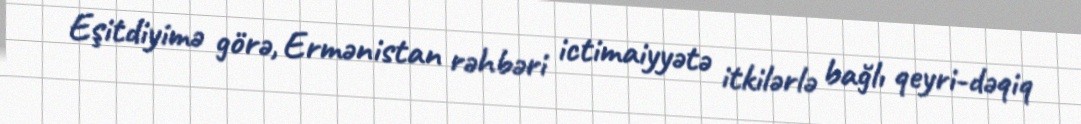
Eşitdiyimə görə, Ermənistan rəhbəri ictimaiyyətə itkilərlə bağlı qeyri-dəqiq